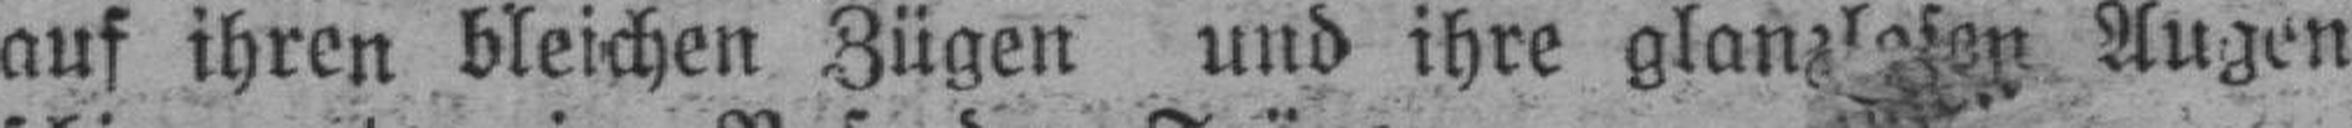
auf ihren bleichen Zügen und ihre glanzlesen Augen